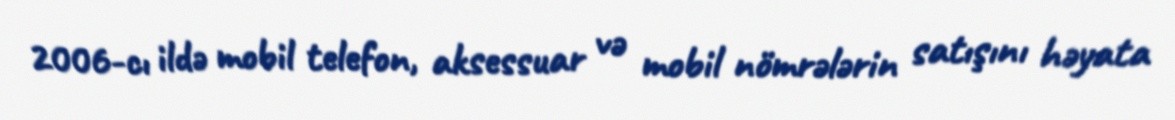
2006-cı ildə mobil telefon, aksessuar və mobil nömrələrin satışını həyata